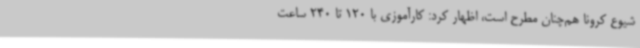
شیوع کرونا هم‌چنان مطرح است، اظهار کرد: کارآموزی با 120 تا 240 ساعت